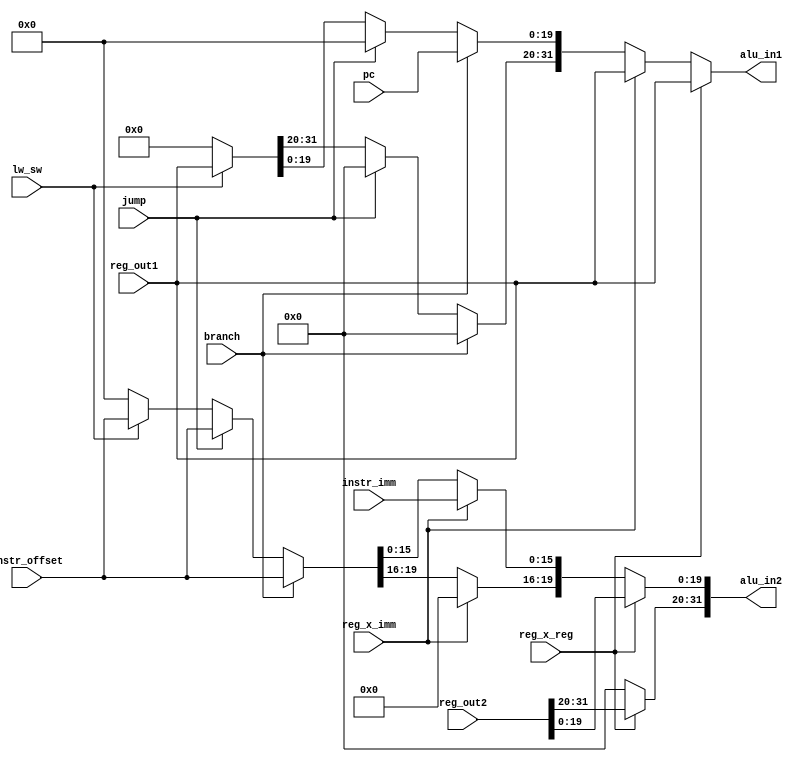
module alu_ctrl(

           // Flags as to second operand in
           // arithmetic op
           input 						reg_x_reg, reg_x_imm,

           // Flag indicating bnez / beqz instruction
           input 						branch,

           // Flag indicating jump instruction
           input 						jump,

           // Flag indicating lw / sw instruction
           input 						lw_sw,

           // Register reads as possible operands to
           // arithmetic operation
           input [ 31 : 0 ] 		reg_out1, reg_out2,

           // Immediate value from instruction as
           // possible second operand
           input [ 15 : 0 ] 		instr_imm,

           // Memory offset value from instruction
           // as possible operand
           input [ 19 : 0 ] 		instr_offset,

           // Program counter as possible operand
           input [ 19 : 0 ] 		pc,

           // Operands selected for upcoming
           // arithmetic operation
           output reg [ 31 : 0 ] alu_in1, alu_in2

       );


always@(*)begin

    // Reset operands
    alu_in1 = 32'd0;
    alu_in2 = 32'd0;

    if(reg_x_reg)begin

        alu_in1 = reg_out1;
        alu_in2 = reg_out2;

    end
    else if(reg_x_imm) begin

        alu_in1 		= reg_out1;
        alu_in2[15:0] = instr_imm[15:0];



    end
    else if(branch) begin

        alu_in1[19:0] = pc[19:0];
        alu_in2[19:0] = instr_offset[19:0];

    end
    else if(jump) begin

        alu_in1[19:0] = 20'd0;
        alu_in2[19:0] = instr_offset[19:0];

    end
    else if(lw_sw) begin

        alu_in1 		= reg_out1;
        alu_in2[19:0] = instr_offset[19:0];

    end

end // always@

endmodule